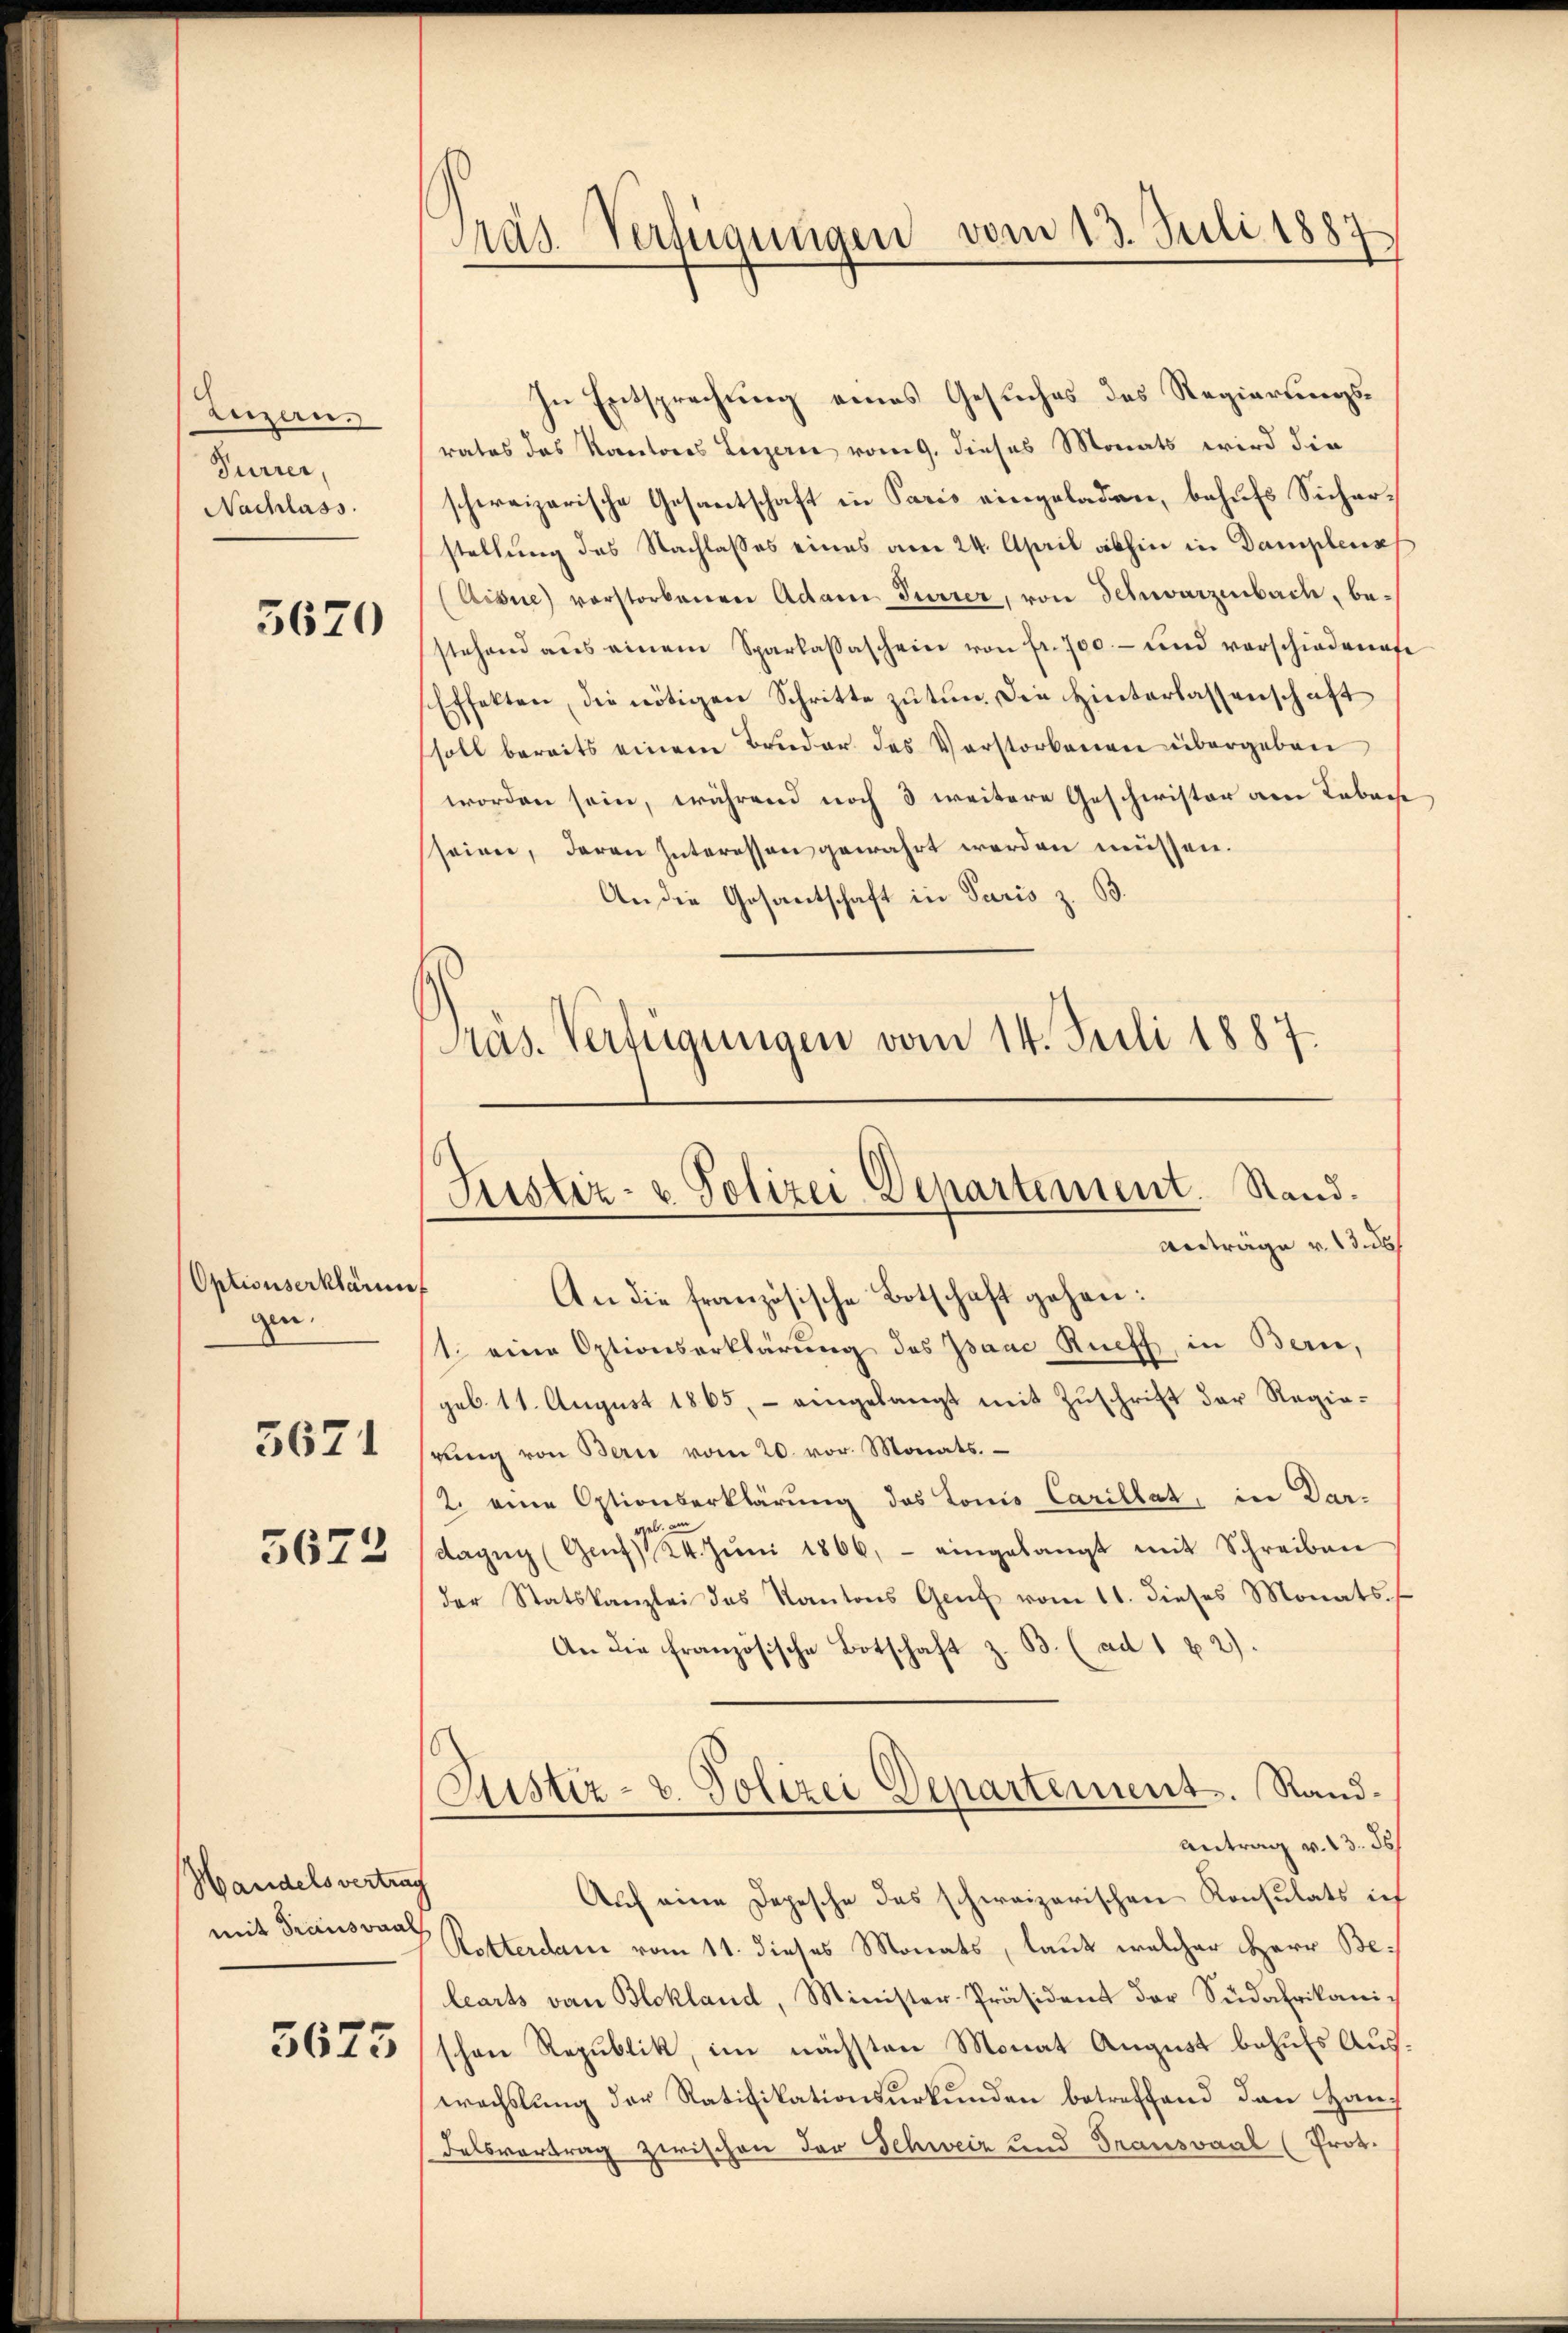
Enzen.
Purrer,
Nachlass.

3620

Optionserklärun
gen.
5671
5672

In Entsprechung eines Gesuches des Regierungsrates das Kantons Luzern vom 9. dieses Monats wird die
schweizerische Gesantschaft in Paris eingeladen, behufs Sicherstellung des Nachlasses eines am 24. April abhin in Damplens
Aine) vorstorbenen Adam Furrer, von Schwarzenbach, bestehend aŭs einem Sparkassascheine von fr. 700.- und verschiedenafe
Effekten, die nötigen Schritte zu tun. Die Hinterlassenschaft
soll bereits einem Bruder des Verstorbenen übergeben
worden sein, während noch 3 weitere Geschwister am Tabache
sseiner, deren Interessen gewahrt werden müssen.
An die Gesantschaft in Paris z. B.
Präs. Verfügungen vom 14. Juli 1887.

Handelsvertrag
mit draussaal

5675

Präs. Verfügungen vom 13. Juli 1887

Justiz- & Polizei-Departement. Stand.
Anträge v. 13. 26

An die französische Botschaft gehen:
1. eine Optionserklärung des Isaac Rueff, in Bern,
geb. 11. August 1865, - eingelangt mit Zŭschrift der Regiehrŭng von Bern vom 20. vor. Monats.
2. eine Optionserklärung des Lonio Carillat, in Dar-
dazŭg (Genf 24. Jŭni 1866, - eingelangt mit Schreiben
der Statskanzlei des Kantons Genf vom 11. dieses Monats s
An die französische Botschaft z. B. (ad 1 2).
Justiz- u. Polizei Departement. Rand¬
Antrag v. 13. 56
Auf eine Depesche des schweizerischen Konsulats ich
Rotterdam vom 11. dieses Monats, laut welcher Herr Belearts von Blokland, Minister-Präsident der Südafrikanischon Republik, im nächsten Monat August behufs Auswechslung der Ratifikationsurkunden betreffend den Han¬
Felsvortrag zwischen der Schweiz und Trausvaal (Prot.